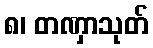
၈၊ တဏှာသုတ်